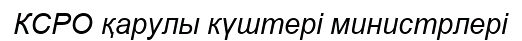
КСРО қарулы күштері министрлері